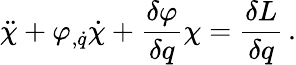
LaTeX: \ddot{\chi}+\varphi_{,\dot{q}}\dot{\chi}+{\frac{\delta\varphi}{\delta q}}\chi={\frac{\delta{L}}{\delta q}}\, .